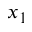
x _ { 1 }